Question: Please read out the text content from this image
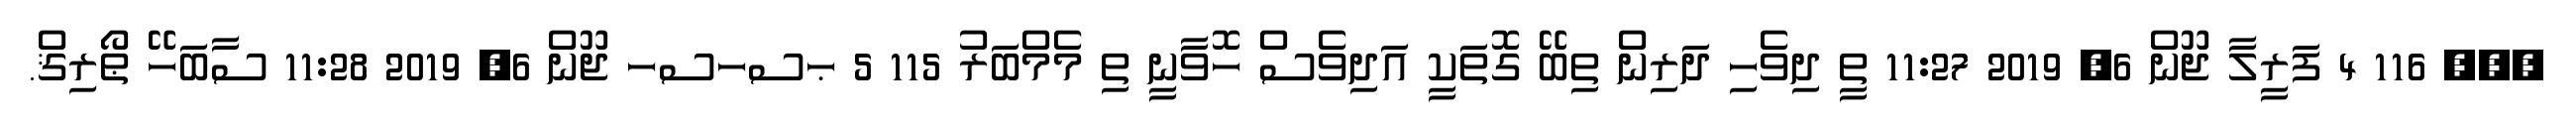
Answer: ??? 116 4 ފަރީލާ ޖޫން 6, 2019 11:27 ތީ ދިވެހި ދަރިން ތިބޭ ގޮތަކީ އަދިވެސް ހޮވާނީ ތި މެމްބަރު 115 5 ޙސހސހ ޖޫން 6, 2019 11:28 ސާބަހޭ ޠޯރިޤް.